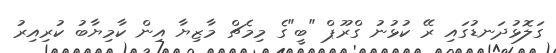
ގަލޮޅުދަނޑުގައި ރޭ ކުޅުނު ގްރޫޕް "ބީ"ގެ މިމެޗް މާޒިޔާ އިން ކާމިޔާބު ކުރިއިރު